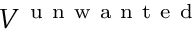
V ^ { \mathrm { ~ u ~ n ~ w ~ a ~ n ~ t ~ e ~ d ~ } }